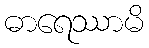
ဓာရေဿာမိ